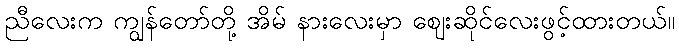
ညီလေးက ကျွန်တော်တို့ အိမ် နားလေးမှာ ဈေးဆိုင်လေးဖွင့်ထားတယ်။